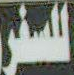
للسفر